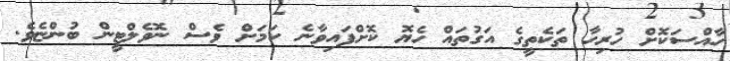
ހާއްސަކޮށް ހުރިހާ ތަކެތީގެ އަގުތައް ހެޔޮ ކޮށްފައިވާނެ ކަމަށް ވެސް ނޮވެލްޓީން ބުންޏެވެ.